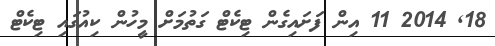
18